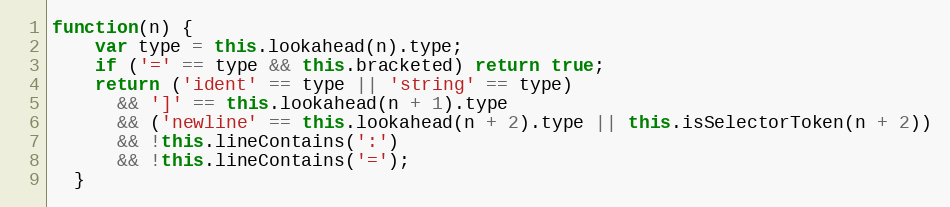
Language: JavaScript
function(n) {
    var type = this.lookahead(n).type;
    if ('=' == type && this.bracketed) return true;
    return ('ident' == type || 'string' == type)
      && ']' == this.lookahead(n + 1).type
      && ('newline' == this.lookahead(n + 2).type || this.isSelectorToken(n + 2))
      && !this.lineContains(':')
      && !this.lineContains('=');
  }